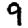
Digit: 9